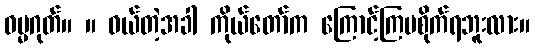
ဓမ္မဂုတ်။ ။ ဝယ်တဲ့အခါ ကိုယ်တော်က ကြောင့်ကြမစိုက်ရဘူးလား။